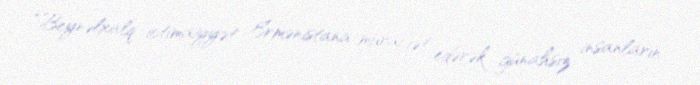
“Beynəlxalq ictimaiyyət Ermənistana müraciət edərək günahsız insanların